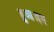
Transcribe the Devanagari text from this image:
हुआ।इस